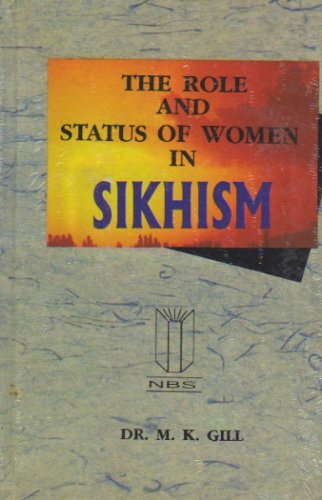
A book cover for Role and Status of Women in Sikhism; M. K. Gill; Religion & Spirituality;